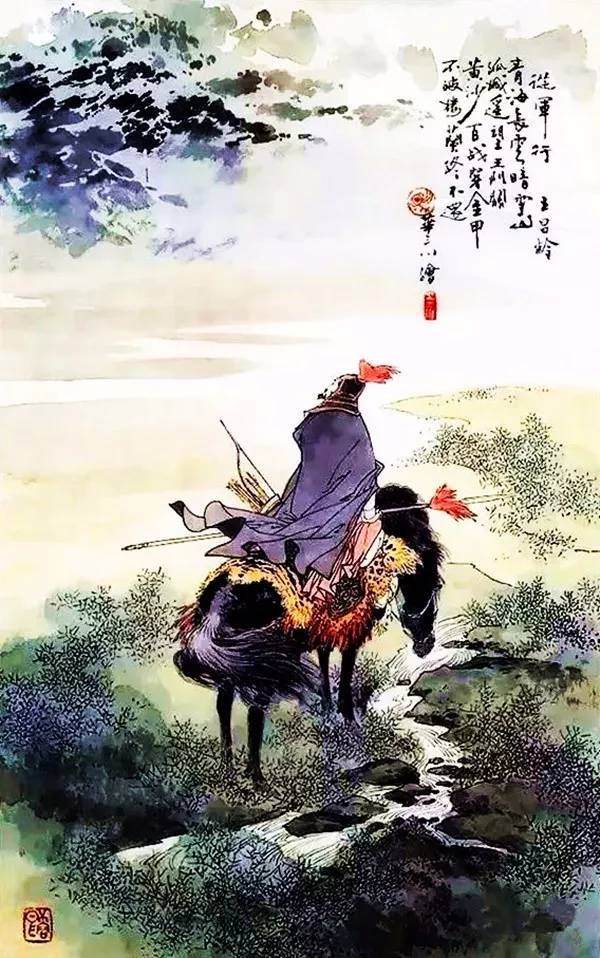
人依远戍须看火，马踏深山不见踪。